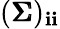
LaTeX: ({\pmb{\Sigma}})_{\mathbf{i}\mathbf{i}}